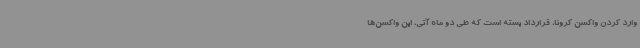
وارد کردن واکسن کرونا، قرارداد بسته است که طی دو ماه آتی، این واکسن‌ها